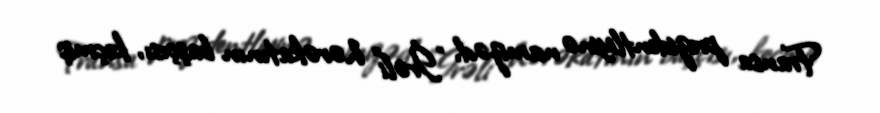
Fransa prezidentliyinə namizəd, "İrəli" hərəkatının başçısı, keçmiş